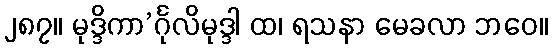
၂၈၇။ မုဒ္ဒိကာ’င်္ဂုလိမုဒ္ဒါ ထ၊ ရသနာ မေခလာ ဘဝေ။